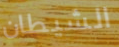
الشيطان